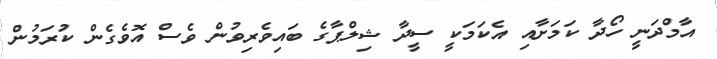
އާމްދަނީ ހޯދާ ކަމަށާއި އެކަމަކީ ސީދާ ޝިލްޕާގެ ބައިވެރިވުން ވެސް އޮވެގެން ކުރަމުން